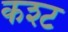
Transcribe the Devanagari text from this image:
कश्ट